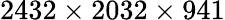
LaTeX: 2432\times 2032\times 941